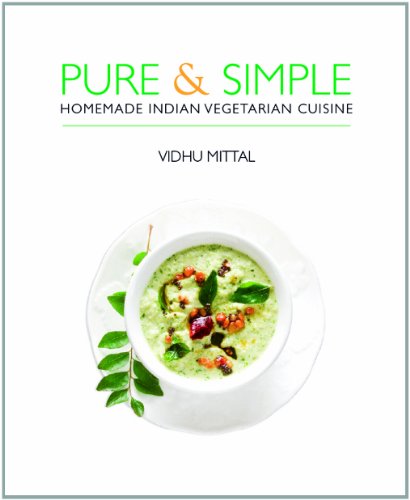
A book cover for Pure & Simple: Homemade Indian Vegetarian Cuisine; Vidhu Mittal; Cookbooks, Food & Wine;